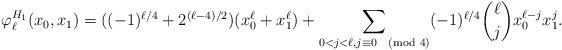
LaTeX: \begin{align*}\varphi_\ell^{H_1}(x_0,x_1)=((-1)^{\ell/4}+2^{(\ell-4)/2})(x_0^\ell+x_1^\ell)+\sum_{0<j<\ell,j\equiv 0\pmod{4}}(-1)^{\ell/4}\binom{\ell}{j}x_0^{\ell-j}x_1^j. \end{align*}